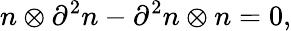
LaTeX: n\otimes\partial^{2}n-\partial^{2}n\otimes n=0,